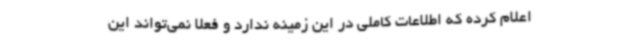
اعلام کرده که اطلاعات کاملی در این زمینه ندارد و فعلا نمی‌تواند این